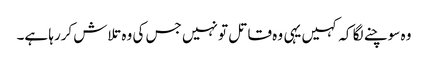
وہ سوچنے لگا کہ کہیں یہی وہ قاتل تو نہیں جس کی وہ تلاش کررہا ہے۔